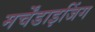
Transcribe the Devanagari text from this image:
मर्चेंडाइजिंग